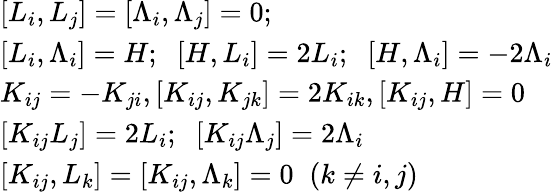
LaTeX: \begin{array}{l}{{{}[L_{i},L_{j}]=[\Lambda_{i},\Lambda_{j}]=0;\; \; }}\\ {{[L_{i},\Lambda_{i}]=H;\; \; [H,L_{i}]=2L_{i};\; \; [H,\Lambda_{i}]=-2\Lambda_{i}}}\\ {{{}K_{ij}=-K_{ji},[K_{ij},K_{jk}]=2K_{ik},[K_{ij},H]=0}}\\ {{{}[K_{ij}L_{j}]=2L_{i};\; \; [K_{ij}\Lambda_{j}]=2\Lambda_{i}}}\\ {{{}[K_{ij},L_{k}]=[K_{ij},\Lambda_{k}]=0\; \; (k\neq i,j)}}\end{array}